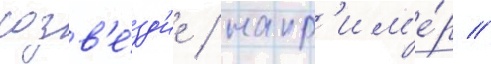
созв'е́зд'ие / напр'им'е́р //